Report on vaccination in Madras 1877-1894 - 1877-1894
Year: 1877
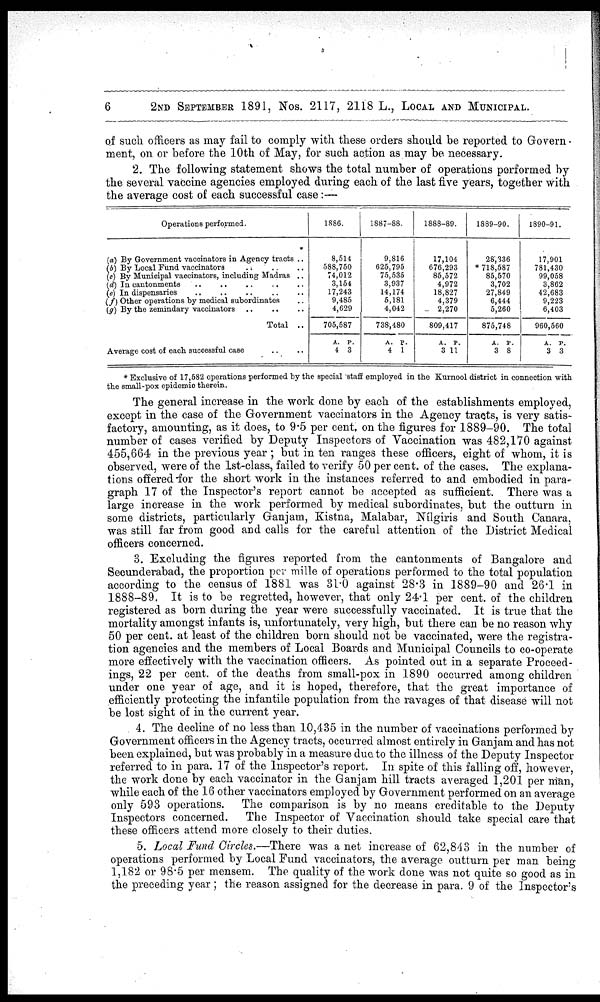
6
2ND SEPTEMBER 1891,
Nos. 2117,
2118 L., LOCAL AND MUNICIPAL.
of such officers as may fail to comply with these orders should be reported to Govern-
ment, on or before the 10th of May, for such action as may be necessary.
2. The following statement shows the total number of operations performed by
the several vaccine agencies employed during each of the last five years, together with
the average cost of each successful case:—
Operations performed.
(a) By Government vaccinators in Agency tracts ..
(b) By Local Fund vaccinators
..
..
..
(e) By Municipal vaccinators, including Madras ..
(d) In cantonments
..
..
..
(e) In dispensaries .. .. ..
(f )Other operations by medical subordinates ..
(g) By the zemindary vaccinators .. .. ..
Total ..
Average cost of each successful case .. ..
1886.
8,514
588,750
74,012
3,154
17,243
9,485
4,629
705,587
A.
4
P.
3
1887-88.
9,816
625,795
75,535
3,937
14,174
5,181
4,042
738,480
A.
4
P.
1
1888-89.
17,104
676,293
85,572
4,972
18,827
4,379
2,270
809,417
A.
3
P.
11
1889-90.
28,336
* 718,587
85,570
3,702
27,849
6,444
5,260
875,748
A.
3
P.
8
1890-91.
17,901
781,430
99,058
3,862
42,683
9,223
6,403
960,560
A.
3
P.
3
* Exclusive of 17,582 operations performed by the special staff employed in the Kurnool district in connection with
the small-pox epidemic therein.
The general increase in the work done by each of the establishments employed,
except in the case of the Government vaccinators in the Agency tracts, is very satis-
factory, amounting, as it does, to 9.5 per cent. on the figures for 1889-90. The total
number of cases verified by Deputy Inspectors of Vaccination was 482,170 against
455,664 in the previous year ; but in ten ranges these officers, eight of whom, it is
observed, were of the 1st-class, failed to verify 50 per cent, of the cases. The explana-
tions offered-for the short work in the instances referred to and embodied in para-
graph 17 of the Inspector's report cannot be accepted as sufficient. There was a
large increase in the work performed by medical subordinates, but the outturn in
some districts, particularly Ganjam, Kistna, Malabar, Nílgiris and South Canara,
was still far from good and calls for the careful attention of the District Medical
officers concerned.
3. Excluding the figures reported from the cantonments of Bangalore and
Secunderabad, the proportion per mille of operations performed to the total population
according to the census of 1881 was 31.0 against 28.3 in 1889-90 and 26.1 in
1888-89. It is to be regretted, however, that only 24.1 per cent. of the children
registered as born during the year were successfully vaccinated. It is true that the
mortality amongst infants is, unfortunately, very high, but there can be no reason why
50 per cent. at least of the children born should not be vaccinated, were the registra-
tion agencies and the members of Local Boards and Municipal Councils to co-operate
more effectively with the vaccination officers. As pointed out in a separate Proceed-
ings, 22 per cent. of the deaths from small-pox in 1890 occurred among children
under one year of age, and it is hoped, therefore, that the great importance of
efficiently protecting the infantile population from the ravages of that disease will not
be lost sight of in the current year.
4. The decline of no less than 10,435 in the number of vaccinations performed by
Government officers in the Agency tracts, occurred almost entirely in Ganjam and has not
been explained, but was probably in a measure due to the illness of the Deputy Inspector
referred to in para. 17 of the Inspector's report. In spite of this falling off, however,
the work done by each vaccinator in the Ganjam hill tracts averaged 1,201 per man,
while each of the 16 other vaccinators employed by Government performed on an average
only 593 operations. The comparison is by no means creditable to the Deputy
Inspectors concerned. The Inspector of Vaccination should take special care that
these officers attend more closely to their duties.
5. Local Fund Circles.—There was a net increase of 62,843 in the number of
operations performed by Local Fund vaccinators, the average outturn per man being
1,182 or 98.5 per mensem. The quality of the work done was not quite so good as in
the preceding year; the reason assigned for the decrease in para. 9 of the Inspector's